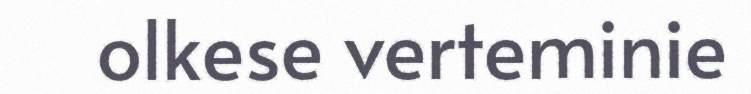
olkese verteminie